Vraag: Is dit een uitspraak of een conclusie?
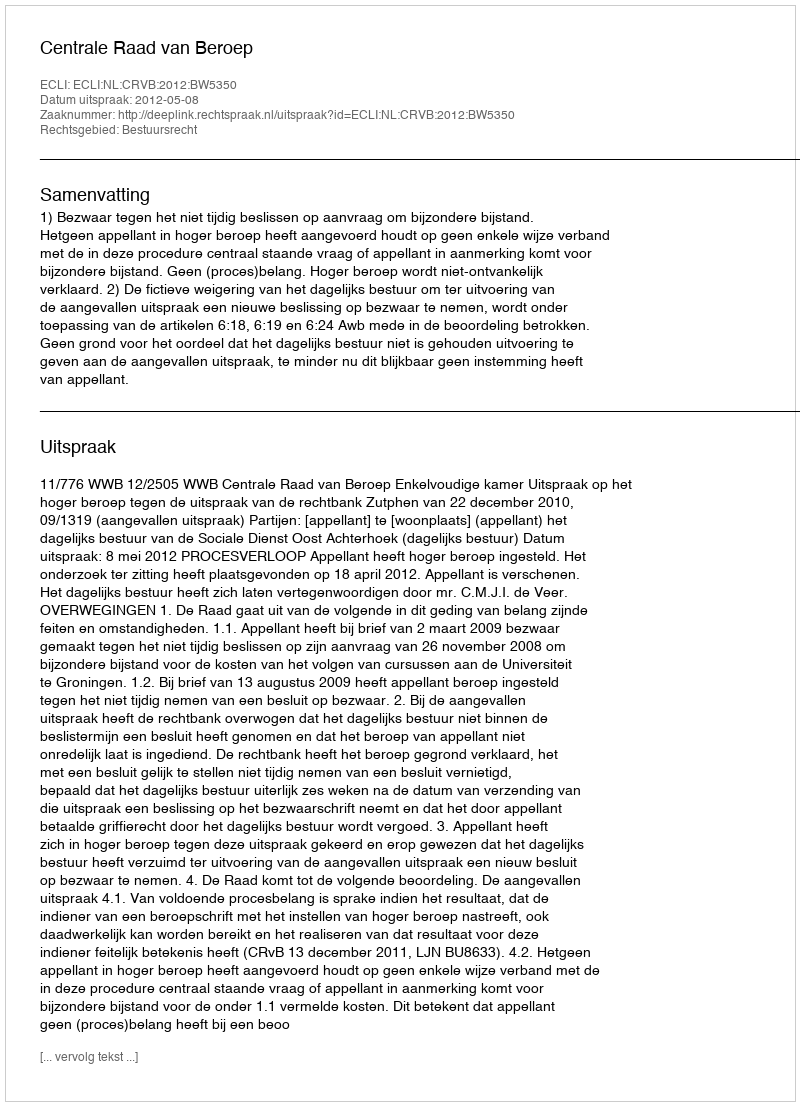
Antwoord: Uitspraak